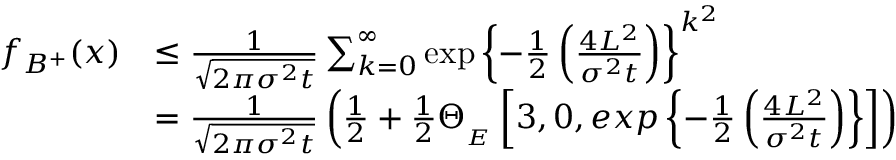
\begin{array} { r l } { f _ { B ^ { + } } ( x ) } & { \leq \frac { 1 } { \sqrt { 2 \pi \sigma ^ { 2 } t } } \sum _ { k = 0 } ^ { \infty } \exp \left\lbrace - \frac { 1 } { 2 } \left( \frac { 4 L ^ { 2 } } { \sigma ^ { 2 } t } \right) \right\rbrace ^ { k ^ { 2 } } } \\ & { = \frac { 1 } { \sqrt { 2 \pi \sigma ^ { 2 } t } } \left( \frac { 1 } { 2 } + \frac { 1 } { 2 } \Theta _ { _ { E } } \left[ 3 , 0 , e x p \left\lbrace - \frac { 1 } { 2 } \left( \frac { 4 L ^ { 2 } } { \sigma ^ { 2 } t } \right) \right\rbrace \right] \right) } \end{array}